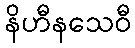
နိဟီနသေဝီ